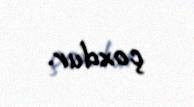
çoxdur.